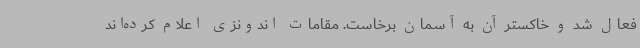
فعال شد و خاکستر آن به آسمان برخاست. مقامات اندونزی اعلام کرده‌اند